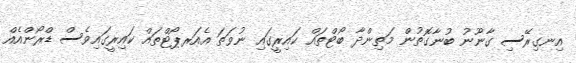
އިނގިރޭސި ގާނޫނު ބުނާގޮތުން މަތިންދާ ބޯޓްތައް ކައިރީގައި ނުވަތަ އެއަރޕޯޓްތައް ކައިރީގައިވެސް ޑްރޯންއެއް